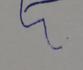
Signature authenticity: forged